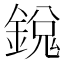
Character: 𫒵